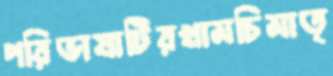
পরিভাষাটিরখামচিমাতৃ